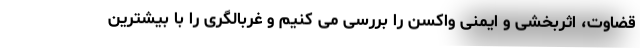
قضاوت، اثربخشی و ایمنی واکسن را بررسی می کنیم و غربالگری را با بیشترین